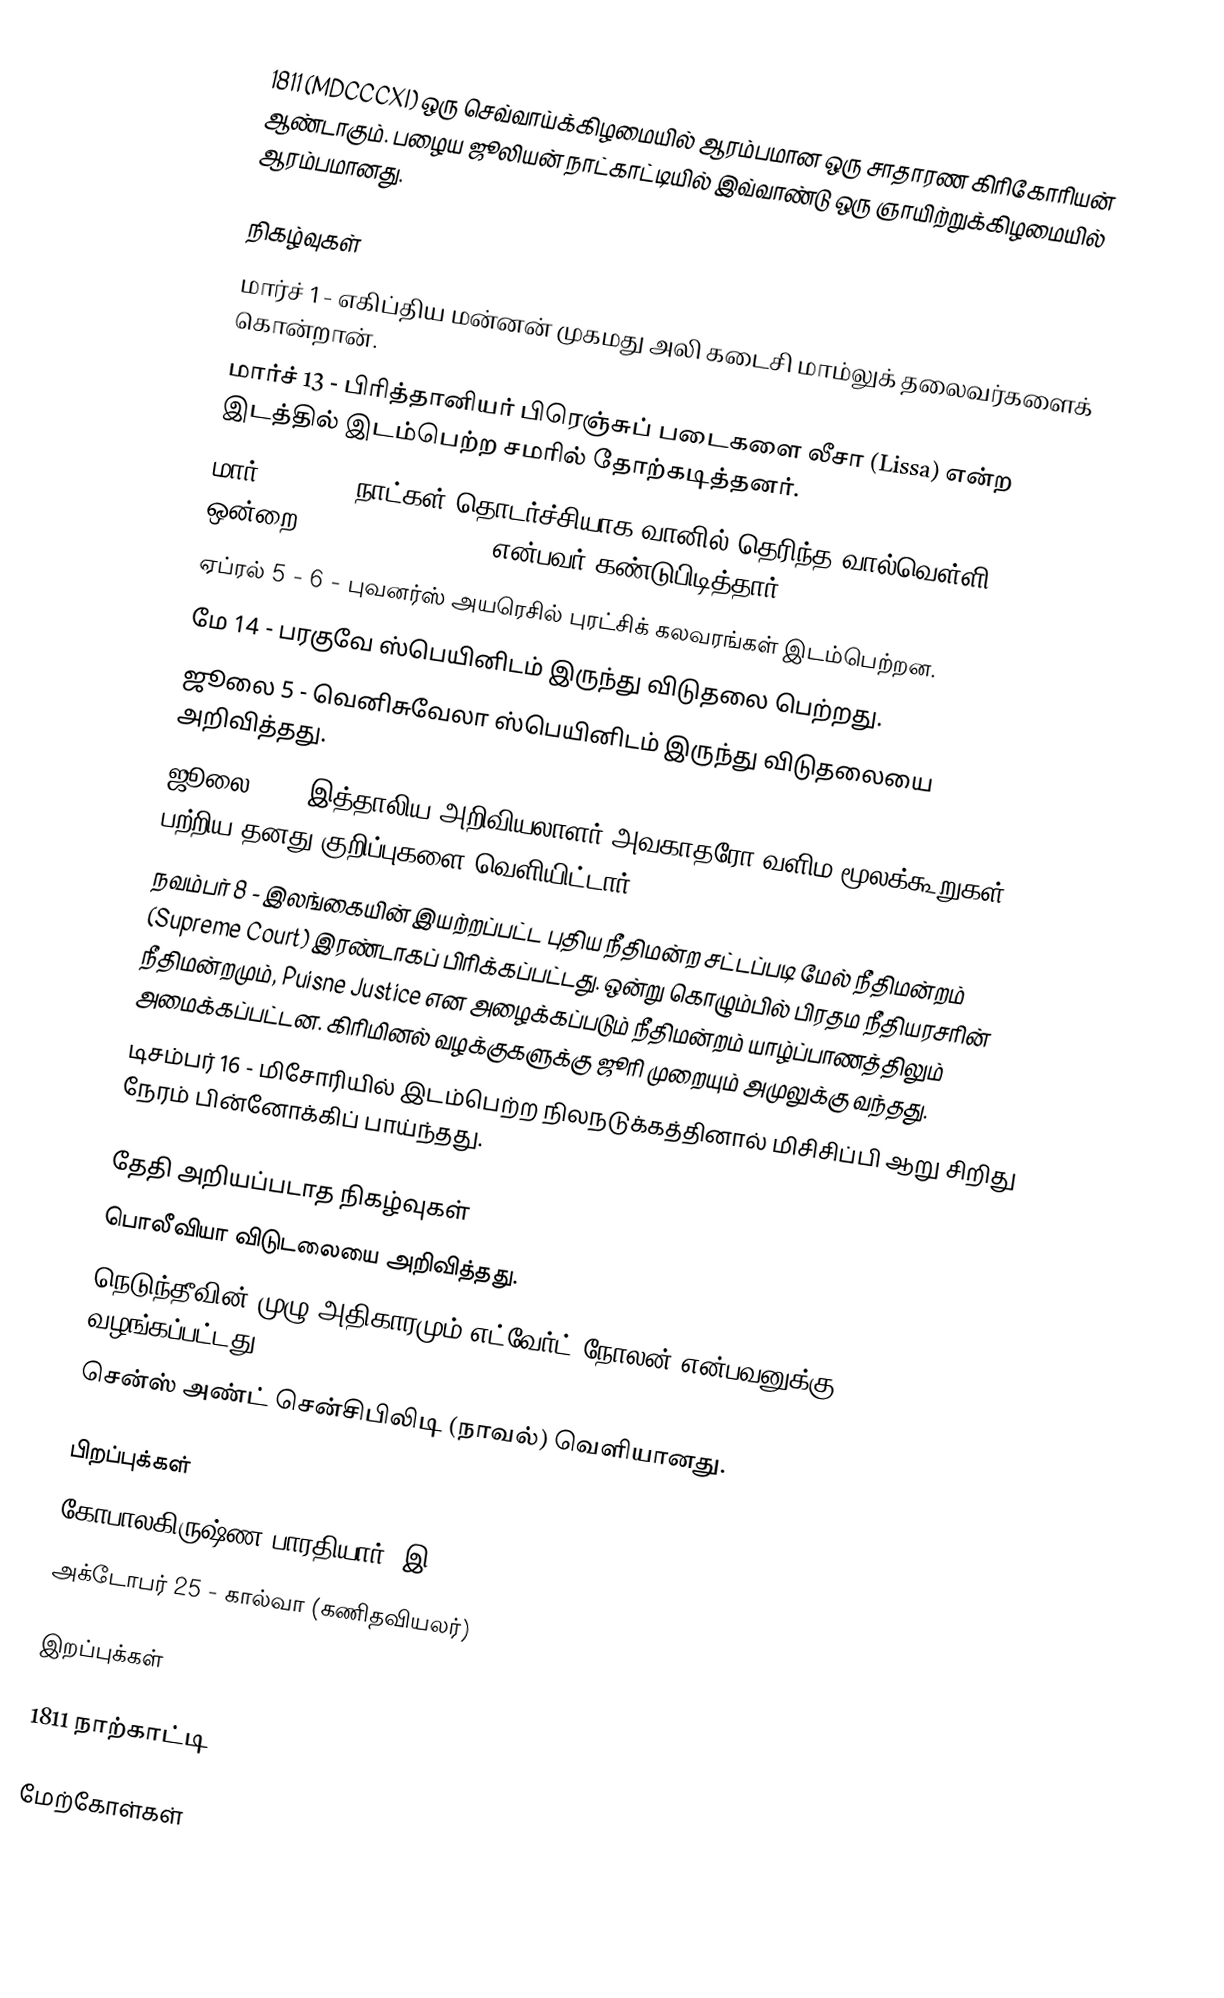
1811  (MDCCCXI) ஒரு செவ்வாய்க்கிழமையில் ஆரம்பமான ஒரு சாதாரண கிரிகோரியன் ஆண்டாகும். பழைய ஜூலியன் நாட்காட்டியில் இவ்வாண்டு ஒரு ஞாயிற்றுக்கிழமையில் ஆரம்பமானது.

நிகழ்வுகள்
 மார்ச் 1 - எகிப்திய மன்னன் முகமது அலி கடைசி மாம்லுக் தலைவர்களைக் கொன்றான்.
 மார்ச் 13 - பிரித்தானியர் பிரெஞ்சுப் படைகளை லீசா (Lissa) என்ற இடத்தில் இடம்பெற்ற சமரில் தோற்கடித்தனர்.
 மார் 25 - 260 நாட்கள் தொடர்ச்சியாக வானில் தெரிந்த வால்வெள்ளி (Comet) ஒன்றை Honoré Flaugergues என்பவர் கண்டுபிடித்தார்.
 ஏப்ரல் 5 - 6 - புவனர்ஸ் அயரெசில் புரட்சிக் கலவரங்கள் இடம்பெற்றன.
 மே 14 - பரகுவே ஸ்பெயினிடம் இருந்து விடுதலை பெற்றது.
 ஜூலை 5 - வெனிசுவேலா ஸ்பெயினிடம் இருந்து விடுதலையை அறிவித்தது.
 ஜூலை 11 - இத்தாலிய அறிவியலாளர் அவகாதரோ வளிம மூலக்கூறுகள் பற்றிய தனது குறிப்புகளை வெளியிட்டார்.
 நவம்பர் 8 - இலங்கையின் இயற்றப்பட்ட புதிய நீதிமன்ற சட்டப்படி மேல் நீதிமன்றம் (Supreme Court) இரண்டாகப் பிரிக்கப்பட்டது. ஒன்று கொழும்பில் பிரதம நீதியரசரின் நீதிமன்றமும், Puisne Justice என அழைக்கப்படும் நீதிமன்றம் யாழ்ப்பாணத்திலும் அமைக்கப்பட்டன. கிரிமினல் வழக்குகளுக்கு ஜூரி முறையும் அமுலுக்கு வந்தது.
 டிசம்பர் 16 - மிசோரியில் இடம்பெற்ற நிலநடுக்கத்தினால் மிசிசிப்பி ஆறு சிறிது நேரம் பின்னோக்கிப் பாய்ந்தது.

தேதி அறியப்படாத நிகழ்வுகள்
 பொலீவியா விடுடலையை அறிவித்தது.
 நெடுந்தீவின் முழு அதிகாரமும் எட்வேர்ட் நோலன் என்பவனுக்கு வழங்கப்பட்டது.
 சென்ஸ் அண்ட் சென்சிபிலிடி (நாவல்) வெளியானது.

பிறப்புக்கள்
 கோபாலகிருஷ்ண பாரதியார் (இ. 1881)
 அக்டோபர் 25 - கால்வா (கணிதவியலர்)

இறப்புக்கள்

1811 நாற்காட்டி

மேற்கோள்கள்